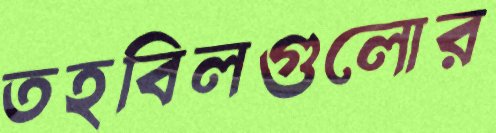
তহবিলগুলোর